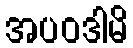
အပဝဒါမိ